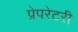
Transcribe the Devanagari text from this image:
प्रेपरेटरी